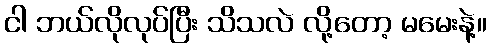
ငါ ဘယ်လိုလုပ်ပြီး သိသလဲ လို့တော့ မမေးနဲ့။